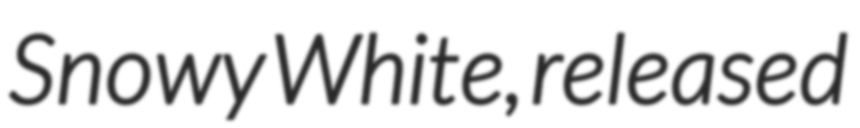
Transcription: Snowy White, released